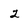
Character: Z